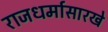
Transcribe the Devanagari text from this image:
राजधर्मासारखे